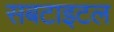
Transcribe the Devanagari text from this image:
सबटाइटल